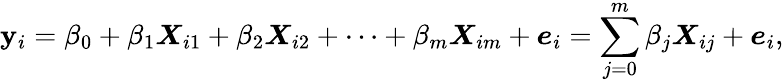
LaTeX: \mathbf{y}_{i}=\beta_{0}+\beta_{1}\boldsymbol{X}_{i1}+\beta_{2}\boldsymbol{X}_{i2}+\cdots+\beta_{m}\boldsymbol{X}_{im}+\boldsymbol{e}_{i}=\sum_{j=0}^{m}\beta_{j}\boldsymbol{X}_{ij}+\boldsymbol{e}_{i},